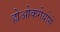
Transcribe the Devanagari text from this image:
ह्येओकगेयोसे